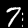
Label: 7